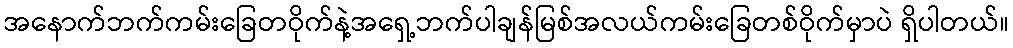
အနောက်ဘက်ကမ်းခြေတဝိုက်နဲ့အရှေ့ဘက်ပါချန်မြစ်အလယ်ကမ်းခြေတစ်ဝိုက်မှာပဲ ရှိပါတယ်။